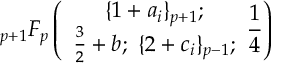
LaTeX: { } _ { p + 1 } F _ { p } \left( \begin{array} { c } { { \{ 1 + a _ { i } \} _ { p + 1 } ; } } \\ { { \frac { 3 } { 2 } + b ; ~ \{ 2 + c _ { i } \} _ { p - 1 } ; } } \end{array} \frac { 1 } { 4 } \right)